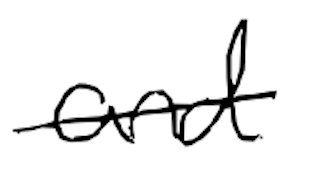
Text: and
Cross-out: single-line
Writing tool: digital_black